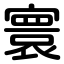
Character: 寰